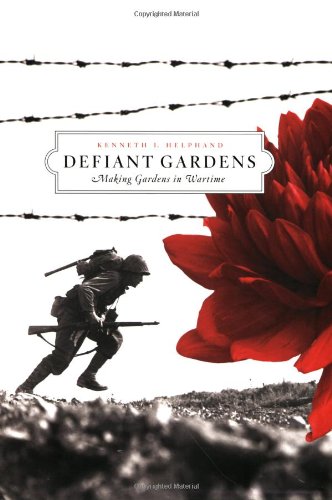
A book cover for Defiant Gardens: Making Gardens in Wartime; Kenneth I. Helphand; Crafts, Hobbies & Home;